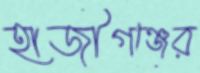
হাজীগঞ্জের